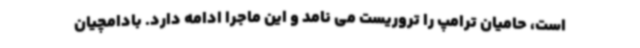
است، حامیان ترامپ را تروریست می نامد و این ماجرا ادامه دارد. بادامچیان